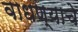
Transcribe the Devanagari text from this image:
वाधण्याचे